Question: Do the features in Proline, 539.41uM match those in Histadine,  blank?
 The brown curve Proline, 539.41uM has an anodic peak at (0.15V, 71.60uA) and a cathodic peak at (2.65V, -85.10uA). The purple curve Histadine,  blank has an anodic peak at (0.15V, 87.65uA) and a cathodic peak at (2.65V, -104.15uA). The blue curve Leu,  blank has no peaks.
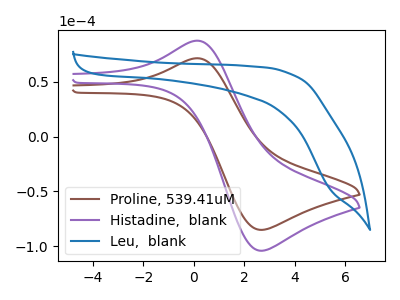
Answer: <think>All the peaks in "Proline, 539.41uM" have a peak in "Histadine,  blank" at the same potential. Every peak in "Proline, 539.41uM" is lower than every peak in "Histadine,  blank".
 </think>
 <answer>"Proline, 539.41uM" and "Histadine,  blank" are similar in shape.</answer>
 <eval>same_shape</eval>